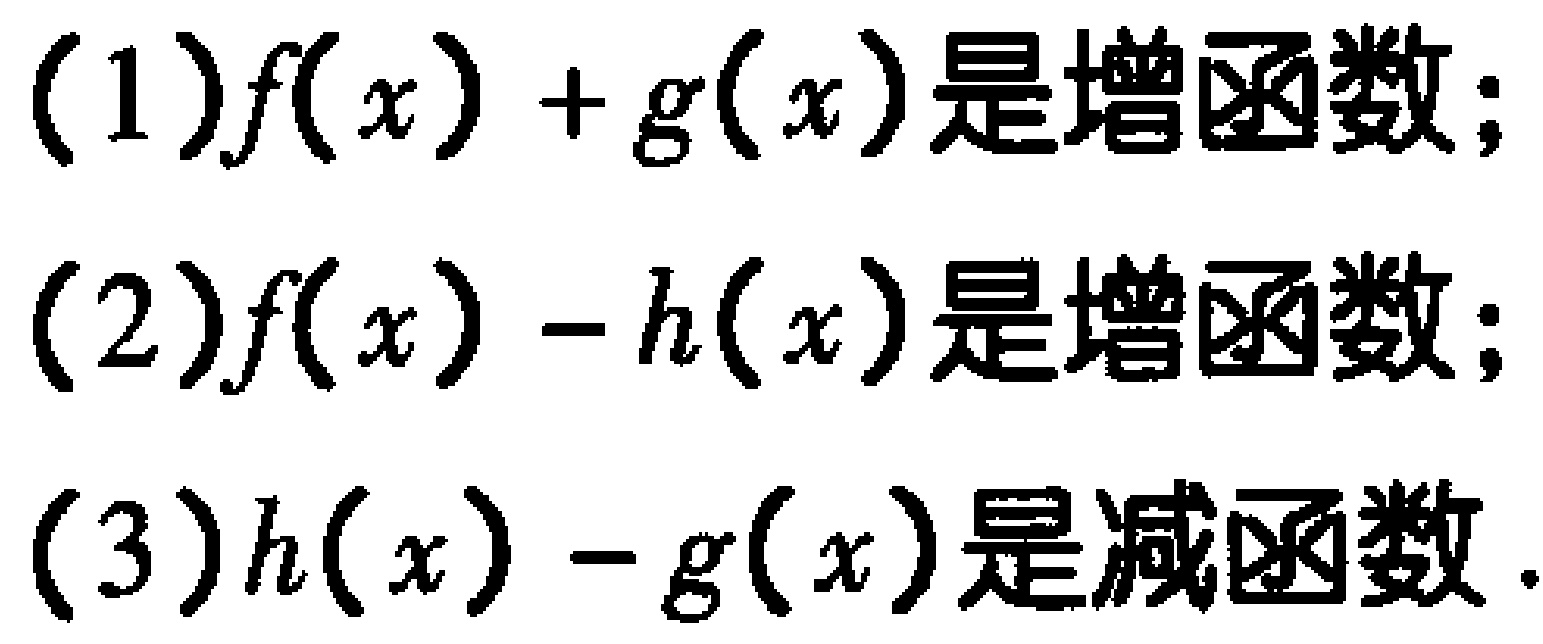
(1)$f(x)+g(x)是增函数;$

(2)$f(x)-h(x)是增函数;$

(3)$h(x)-g(x)是减函数.$